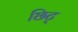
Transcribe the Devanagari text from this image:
छिट्